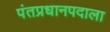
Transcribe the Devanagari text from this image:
पंतप्रधानपदाला